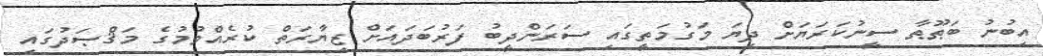
އިބުނު ބަޠޫޠާ ސީނުކަރަޔަށް ދިޔަ މަގުމަތީގައި ސަރަންދީބު ފަރުބަދައަށް ޒިޔާރަތް ކުރެއްވުމުގެ މަޤްޞަދުގައި